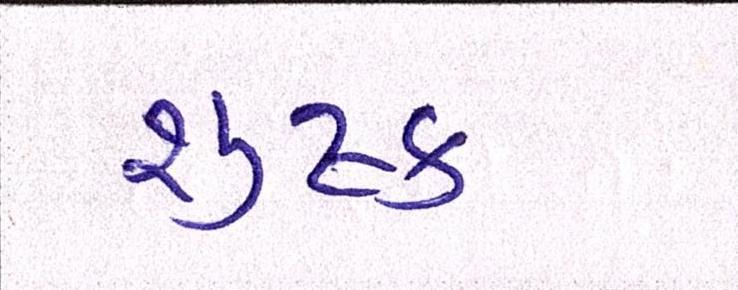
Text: શુષ્ક